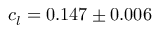
c _ { l } = 0 . 1 4 7 \pm 0 . 0 0 6